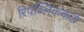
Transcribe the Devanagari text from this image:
रिपब्लिककडे